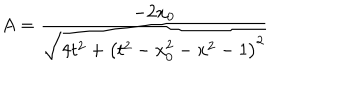
A = \frac { - 2 x _ { 0 } } { \sqrt { 4 t ^ { 2 } + \left( t ^ { 2 } - x _ { 0 } ^ { 2 } - x ^ { 2 } - 1 \right) ^ { 2 } } }